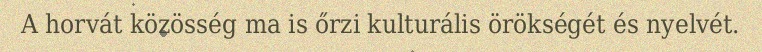
A horvát közösség ma is őrzi kulturális örökségét és nyelvét.